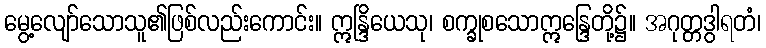
မွေ့လျော်သောသူ၏ဖြစ်လည်းကောင်း။ ဣန္ဒြိယေသု၊ စက္ခုစသောဣန္ဒြေတို့၌။ အဂုတ္တဒွါရတံ၊